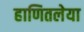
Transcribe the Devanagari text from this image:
हाणितलेया